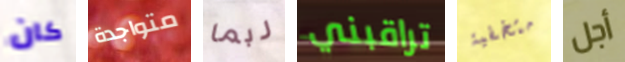
كان متواجدة ربما تراقبني متخفية أجل